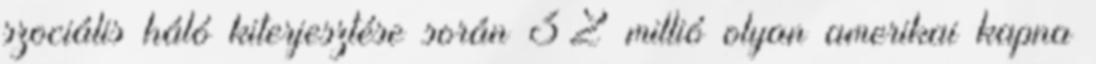
szociális háló kiterjesztése során 32 millió olyan amerikai kapna